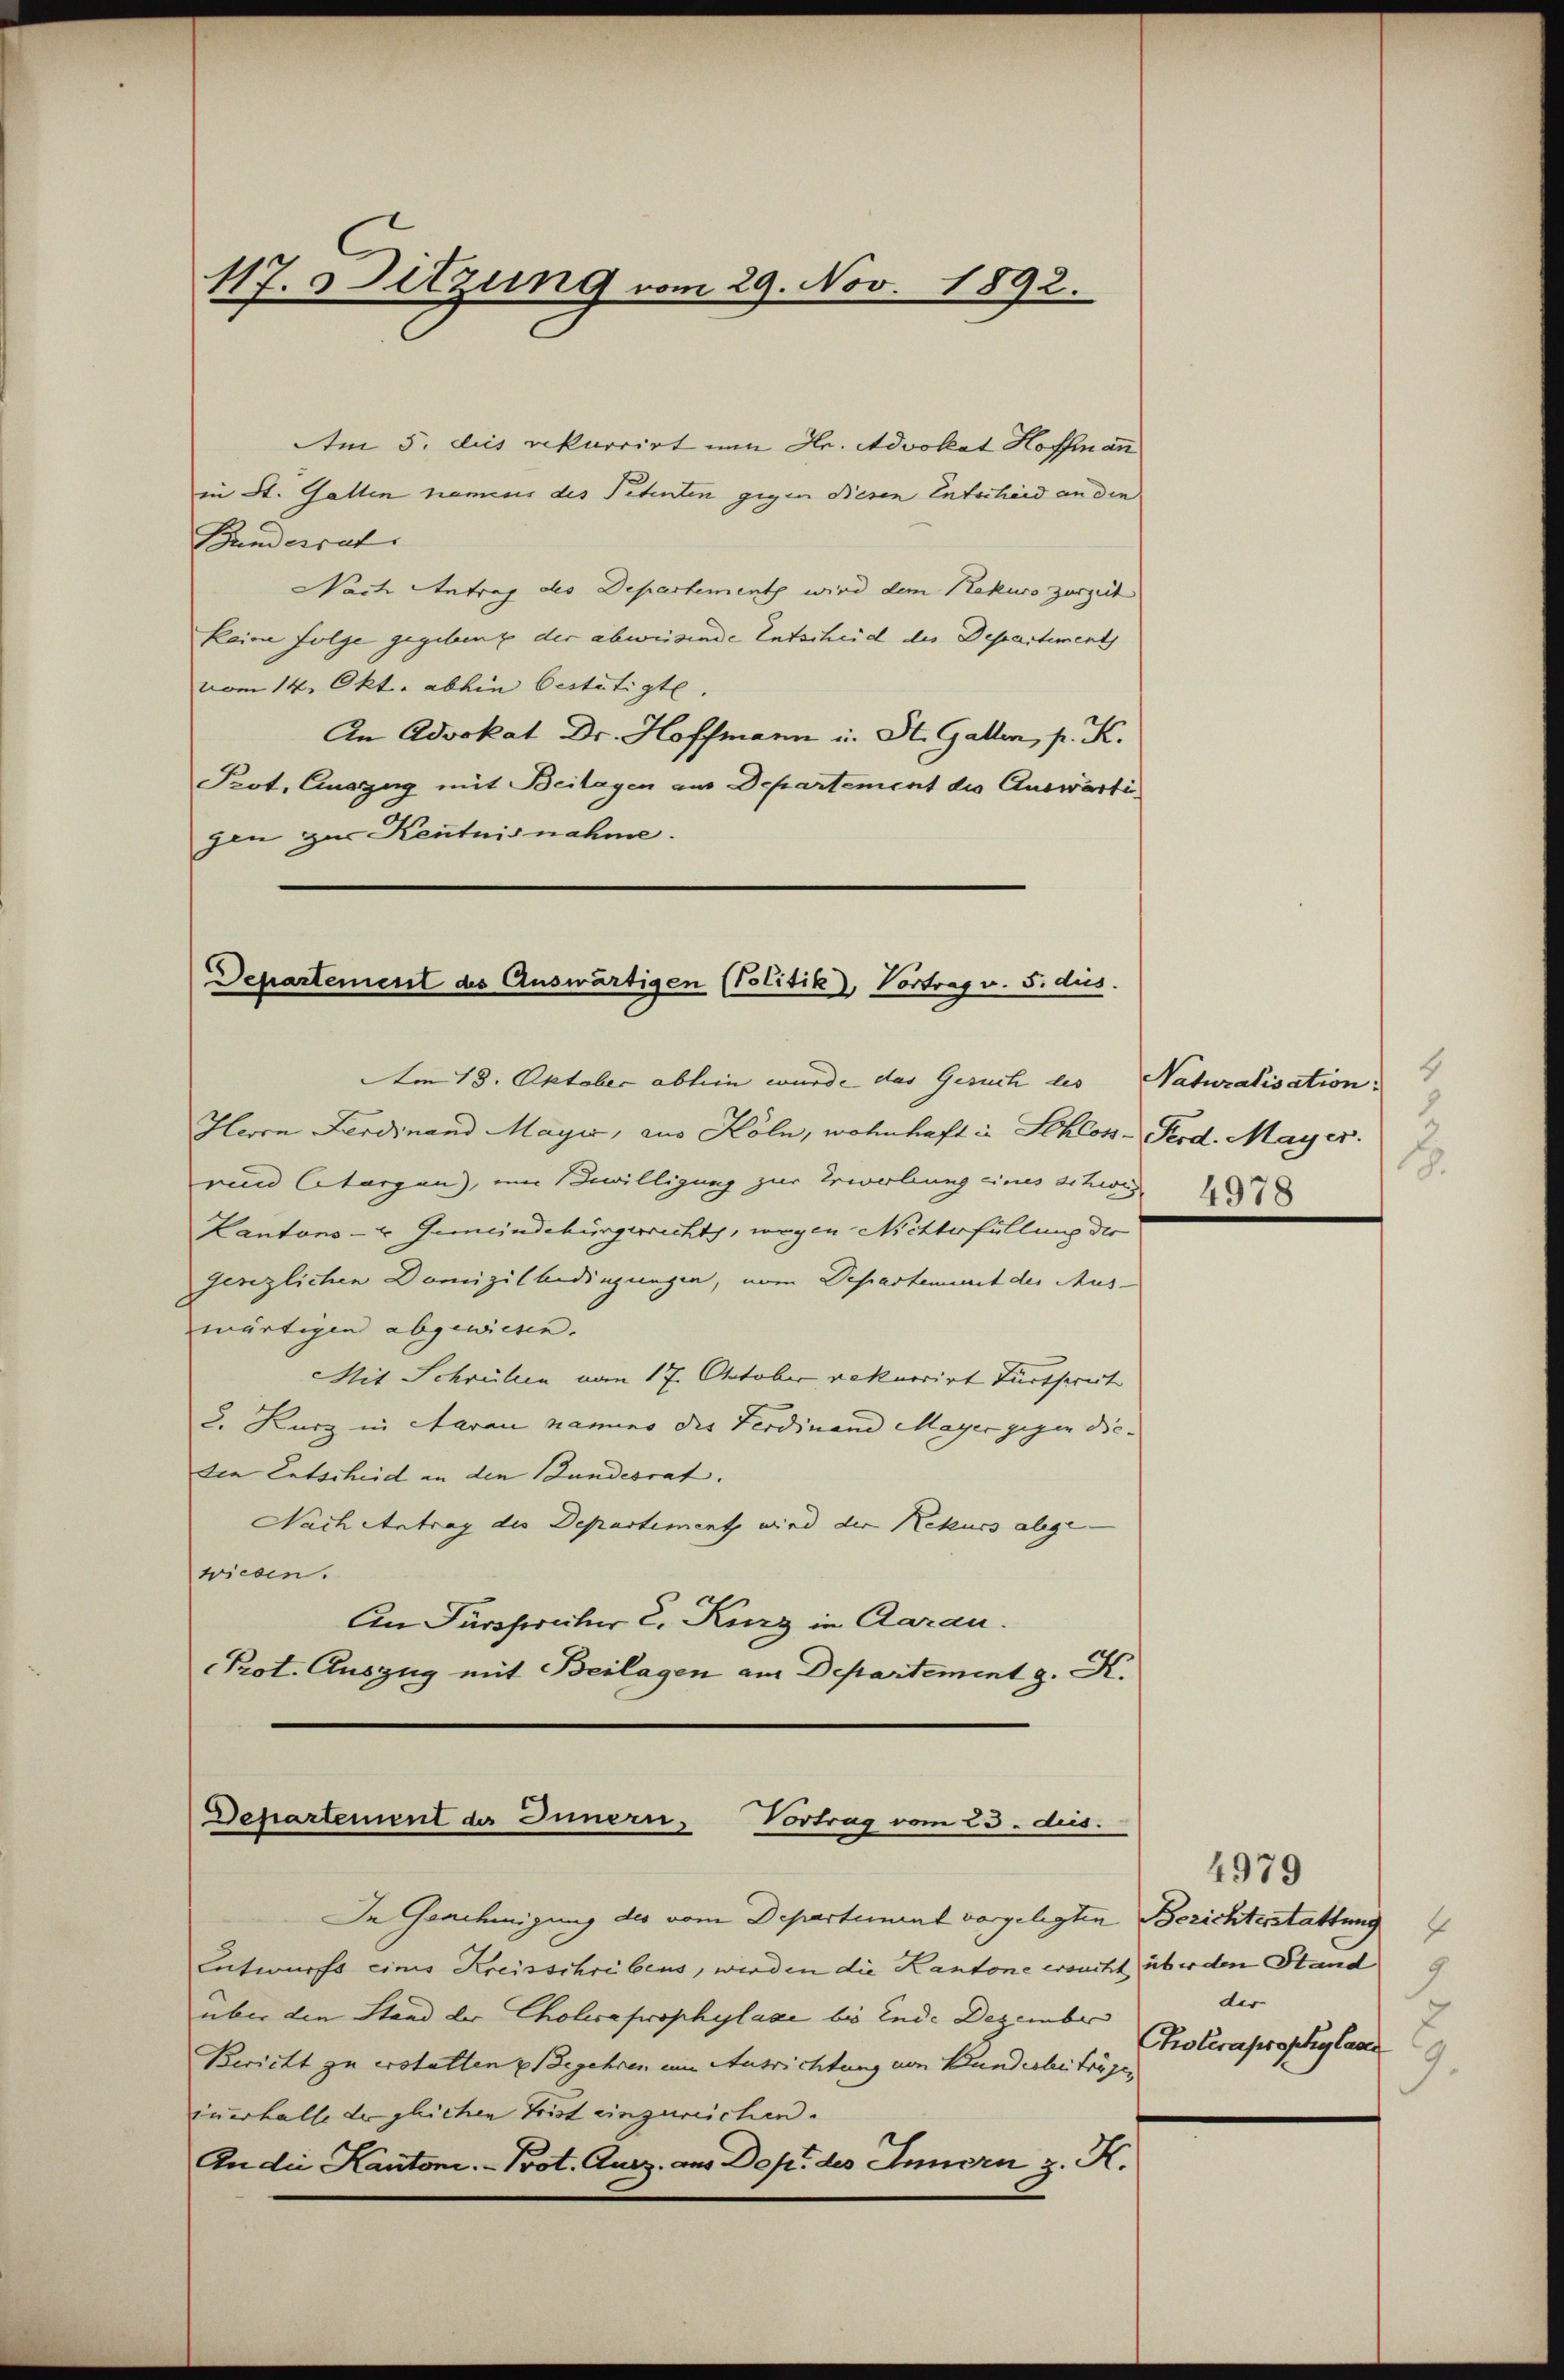
117. Sitzung vom 29. Nov. 1892.

Am 5. dies rekurrirt um Hr. Advokat Hoffman
in St. Gallen namens des Petenten gegen Diesen Entscheid an den
Bundesrat
Nach Antrag des Departement wird dem Rekurs zurzeit
keine Folge gegeben, der abweisende Entscheid des Departement
vom 14. Okt. abhin bestätigte.
An Advokat Dr. Hoffmann u. St. Gallen, p. K.
Prot. Cusgug mit Beilagen aus Departement die Auswärti
gen zur Kentnisnahme.

Departement des Auswärtigen (Politik), Vortrag v. 5. dies
Am 18. Oktober abhin wurde das Gesuch des Naturalisation.

Herrn Ferdinand Mayer, aus Köln, wohnhaft in Schlos- Perd. Mayer.
ren Chargen), um Bewilligung zur Erwerbung eines schwis¬
Kantons- & Gemeindebürgerrechts, wegen Nichterfüllung der
genzlichen Domizilbedingungen, vom Departement des Auswärtigen abgewiesen.
Mit Schreiben vom 17. October rekurrirt Furthereit
2. Kurz in Aarau namino die Ferdinand Mayer gegen die- |
den Entscheid an den Bundesrat. |
Nach Antrag des Departement wird der Rekurs allge-
wieden.
An Fürcherüber 2. Kurz in Aarau.
PProt. Auszug mit Beilagen am Departement z. K.

Departement des Innern, Vortrag vom 23. dus.

In Genehmigung des vom Departement vorgelegten Berichterstattung
Entwurfs eines Kreisschribens, werden die Kantone ersucht über den Stand 9
über den Stand der Cholera prophylaxe bis Ende Dezember
Bericht zu erstatten Begehren um Ausrichtung von Bundesbeiträger
inerhalte der gleichen Frist einzureichen.
An die Kantoni. Prot. Aug. ans Dop. des Innern z. K.

4
8
.
4978

4979
f
der
2
Choleraprophylaa
9